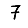
Digit: 7